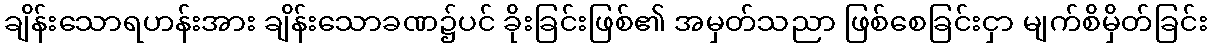
ချိန်းသောရဟန်းအား ချိန်းသောခဏ၌ပင် ခိုးခြင်းဖြစ်၏ အမှတ်သညာ ဖြစ်စေခြင်းငှာ မျက်စိမှိတ်ခြင်း